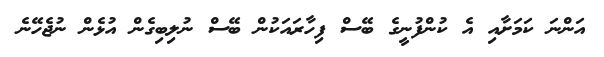
އަންނަ ކަމަށާއި އެ ކުންފުނީގެ ބޭސް ފިހާރައަކުން ބޭސް ނުލިބިގެން އުޅެން ނުޖެހޭނެ